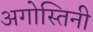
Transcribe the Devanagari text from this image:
अगोस्तिनी